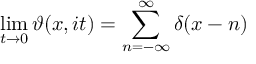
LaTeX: \operatorname* { l i m } _ { t \to 0 } \vartheta ( x , i t ) = \sum _ { n = - \infty } ^ { \infty } \delta ( x - n )